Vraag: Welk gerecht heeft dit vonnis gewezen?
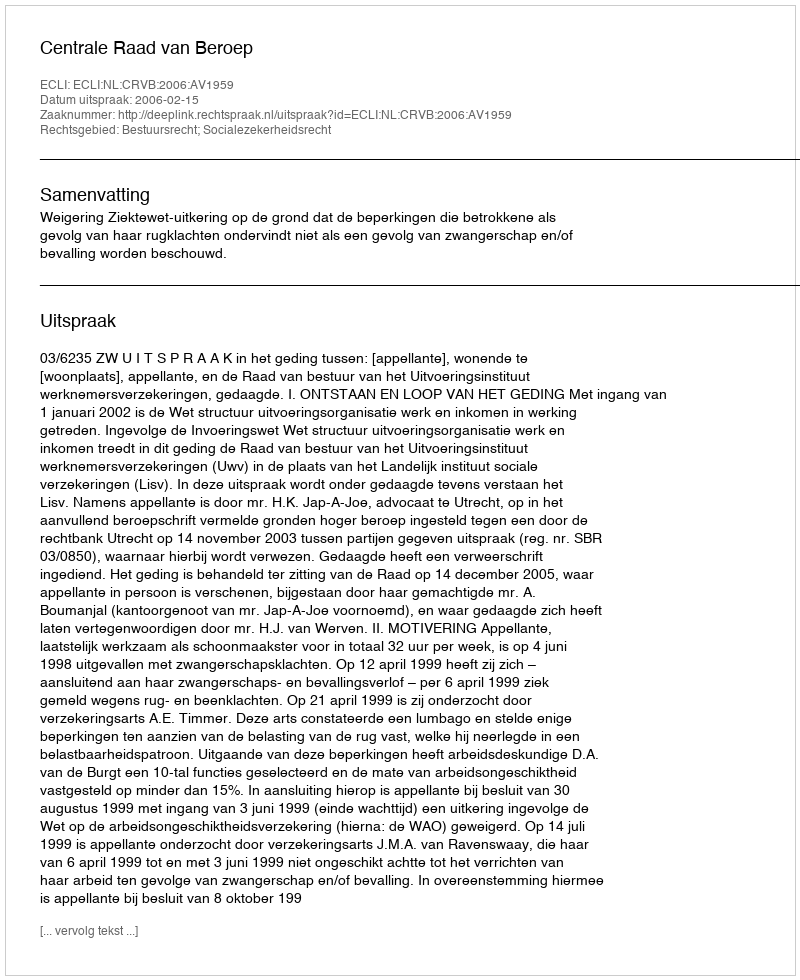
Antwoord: Centrale Raad van Beroep